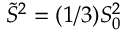
\tilde { S } ^ { 2 } = ( 1 / 3 ) S _ { 0 } ^ { 2 }